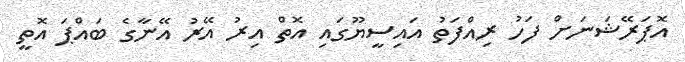
އޮޕަރޭޝަނަށް ފަހު ރިއްފަތު އައިސީޔޫގައި އޮތް އިރު އޭރު އޭނާގެ ބައްޕަ އޮތީ